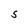
Character: S